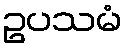
ဥပသမံ